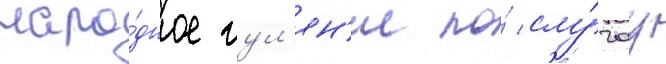
наро́дное гул'ян'ие по́ слу́чау